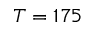
T = 1 7 5